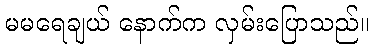
မမရေချယ် နောက်က လှမ်းပြောသည်။